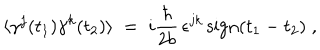
\langle \gamma ^ { j } ( t _ { 1 } ) \gamma ^ { k } ( t _ { 2 } ) \rangle \; = \; i \frac { \hbar } { 2 b } \, \epsilon ^ { j k } \, \mathrm { s i g n } ( t _ { 1 } - t _ { 2 } ) \; ,